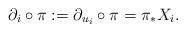
LaTeX: \begin{align*} \partial_i\circ\pi:=\partial_{u_i}\circ\pi=\pi_{*}X_i.\end{align*}